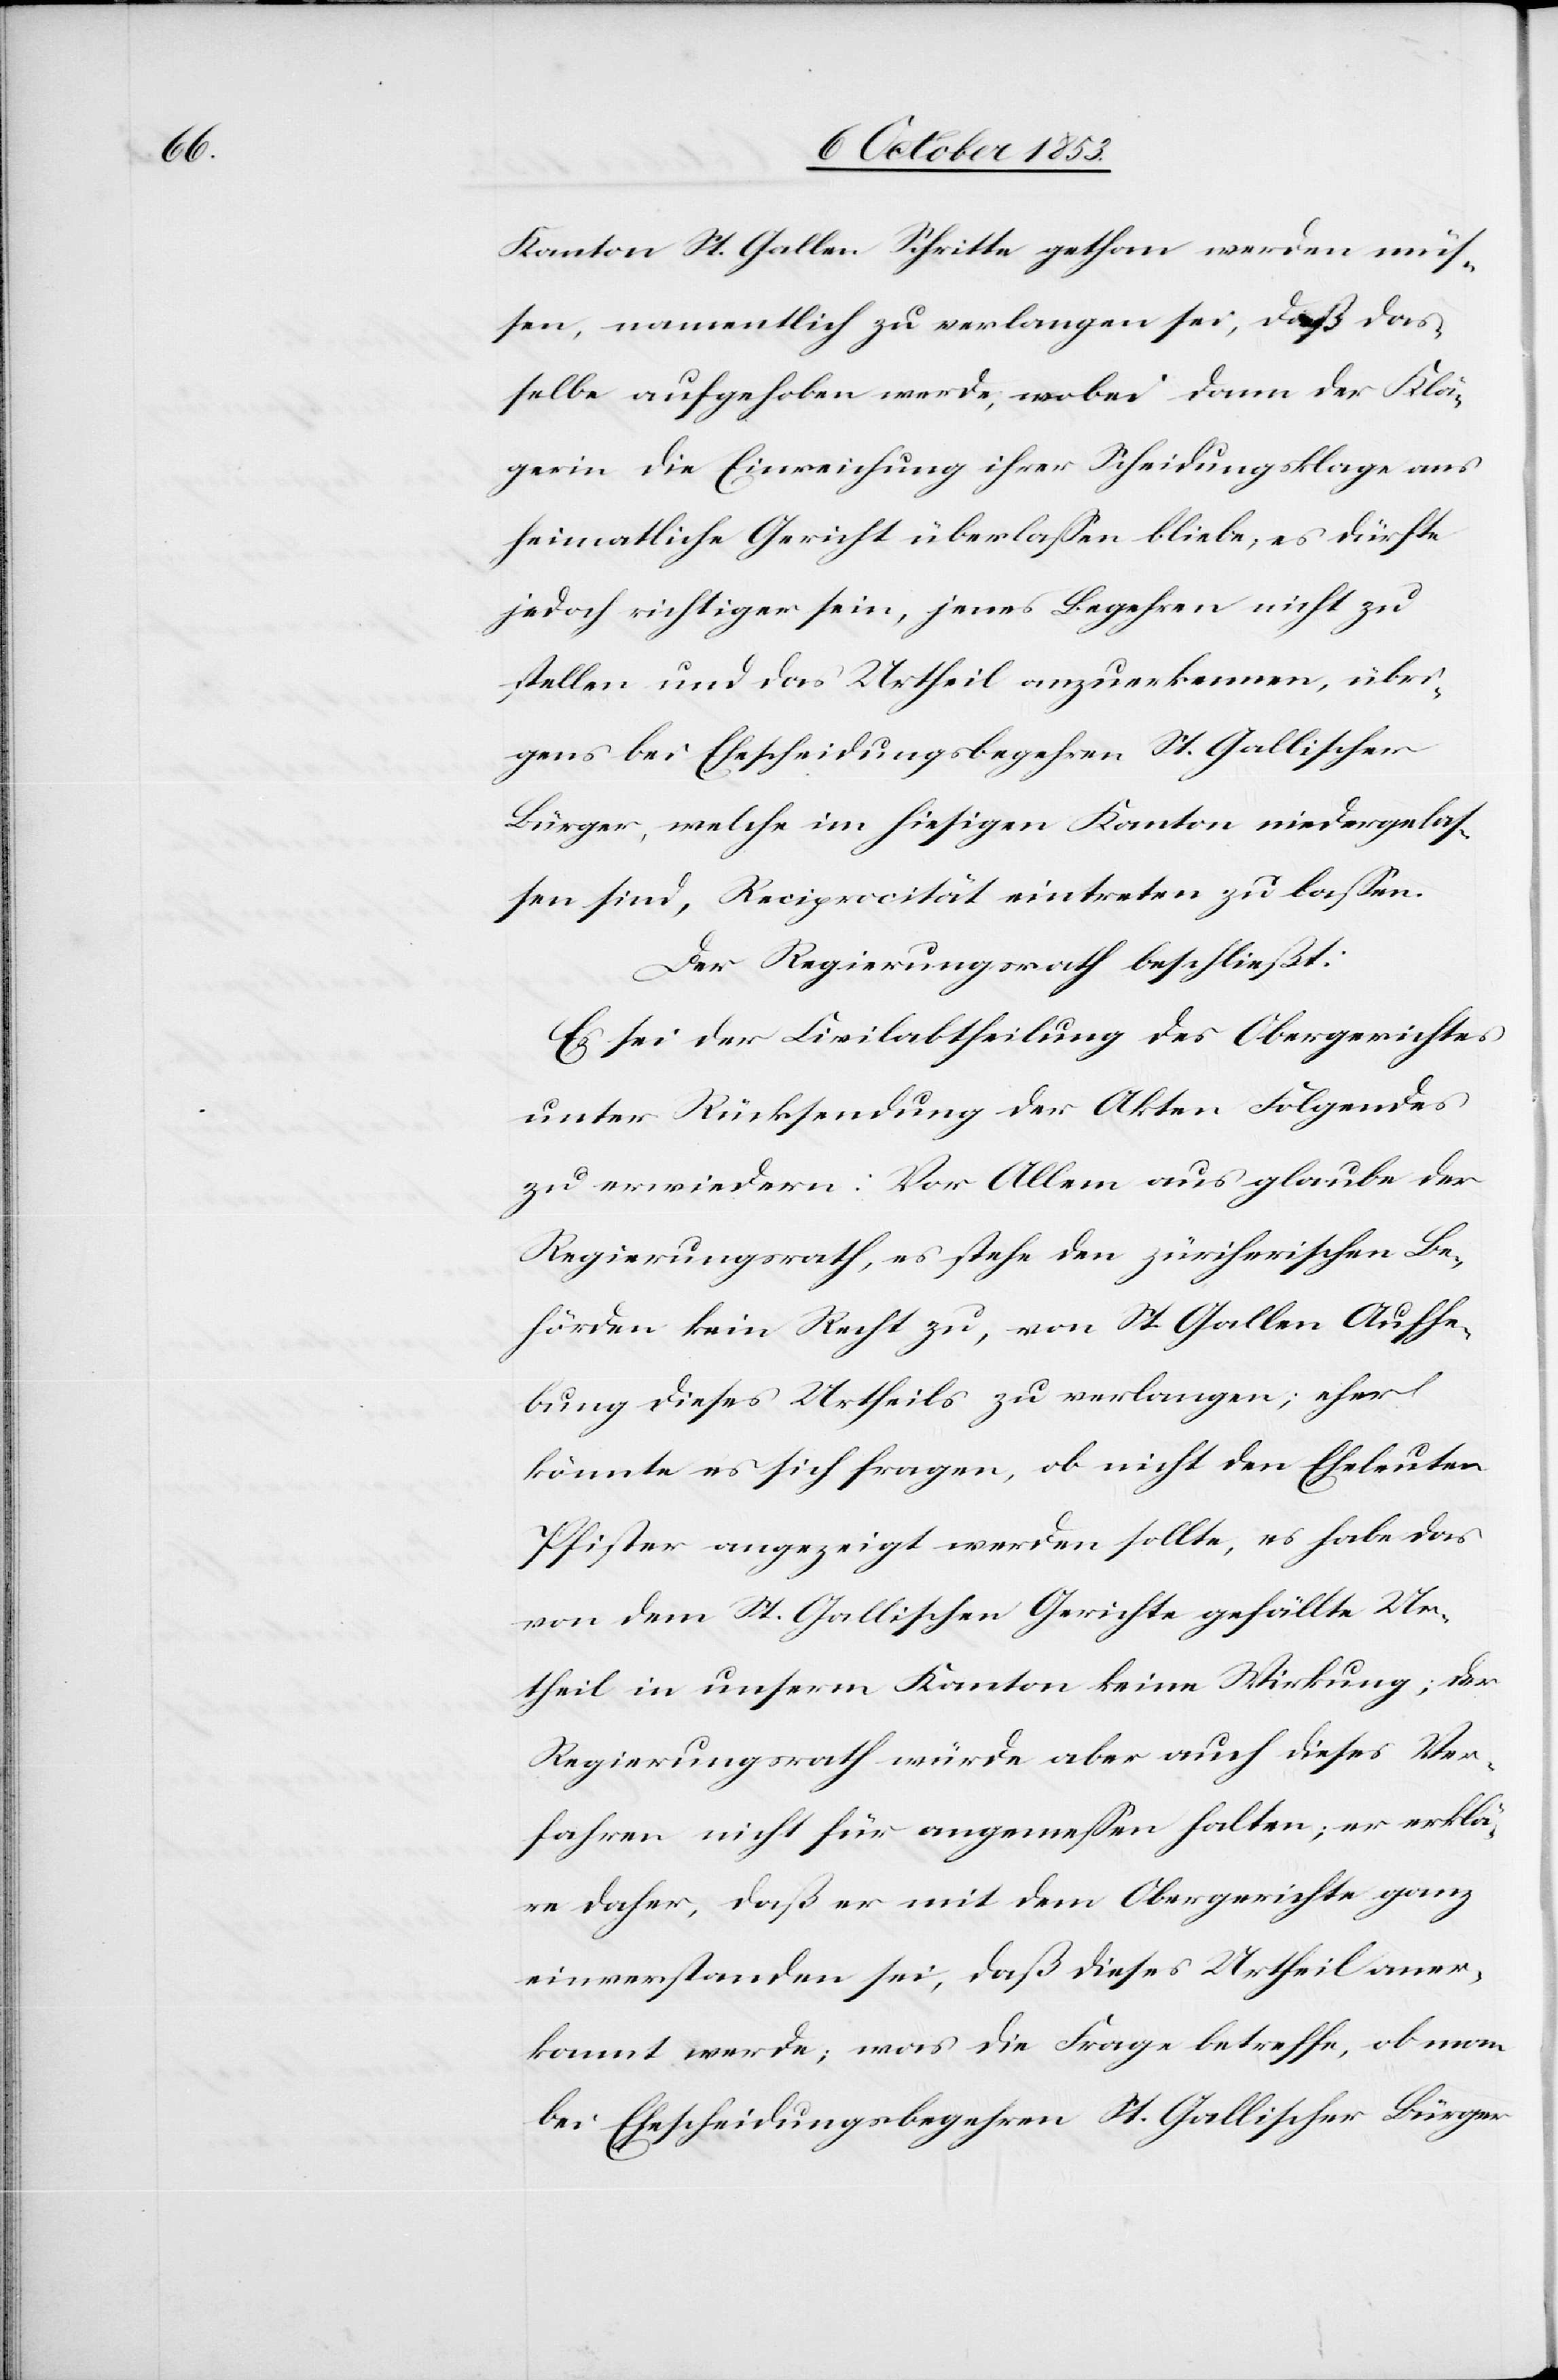
Kanton St. Gallen Schritte gethan werden müs¬
sen, namentlich zu verlangen sei, daß das¬
selbe aufgehoben werde, wobei dann der Klä¬
gerin die Einreichung ihrer Scheidungsklage ans
heimatliche Gericht überlaßen bliebe, es dürfte
jedoch richtiger sein, jenes Begehren nicht zu
stellen und das Urtheil anzuerkennen, übri¬
gens bei Ehescheidungsbegehren St. Gallischer
Bürger, welche im hiesigen Kanton niedergelas¬
sen sind, Reciprocität eintreten zu laßen.
Der Regierungsrath beschließt:
Es sei der Civilabtheilung des Obergerichtes
unter Rückstellung der Akten Folgendes
zu erwiedern: Vor Allem aus glaube der
Regierungsrath, es stehe den zürcherischen Be¬
hörden kein Recht zu, von St. Gallen Aufhe¬
bung dieses Urtheils zu verlangen; eher
könnte es sich fragen, ob nicht den Eheleuten
Pfister angezeigt werden sollte, es habe das
von dem St. Gallischen Gerichte gefälschte Ur¬
theil in unserm Kanton keine Wirkung; der
Regierungsrath würde aber auch dieses Ver¬
fahren nicht für angemeßen halten; er erklär¬
te daher, daß er mit dem Obergerichte ganz
einverstanden sei, daß dieses Urtheil aner¬
kannt werde; was die Frage betreffe, ob man
bei Ehescheidungsbegehren St. Gallischer Bürger